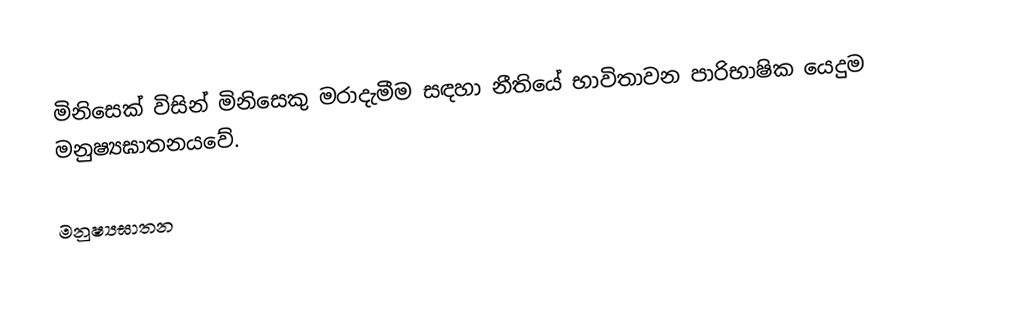
මිනිසෙක් විසින් මිනිසෙකු මරාදැමීම සඳහා නීතියේ  භාවිතාවන පාරිභාෂික යෙදුම මනුෂ්‍යඝාතනයවේ.

මනුෂ්‍යඝාතන